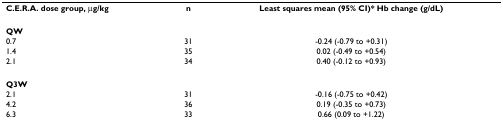
| C.E.R.A. dose group, μg/kg | n | Least squares mean (95% CI)* Hb change (g/dL) |
 | --- | --- | --- |
 | QW |  |  |
 | 0.7 | 31 | -0.24 (-0.79 to +0.31) |
 | 1.4 | 35 | 0.02 (-0.49 to +0.54) |
 | 2.1 | 34 | 0.40 (-0.12 to +0.93) |
 | Q3W |  |  |
 | 2.1 | 31 | -0.16 (-0.75 to +0.42) |
 | 4.2 | 36 | 0.19 (-0.35 to +0.73) |
 | 6.3 | 33 | 0.66 (0.09 to +1.22) |